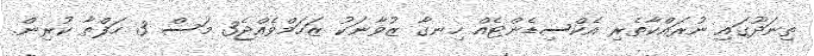
ތިނަދޫގައި ނުރައްކާތެރި އެކްސިޑެންޓެއް ހިނގާ ޒުވާނަކު ޒަހަމްވެއްޖެ3 މަސް 3 ހަފްތާ ކުރިން.